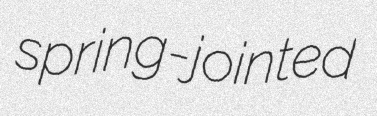
spring-jointed